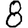
Digit: 8